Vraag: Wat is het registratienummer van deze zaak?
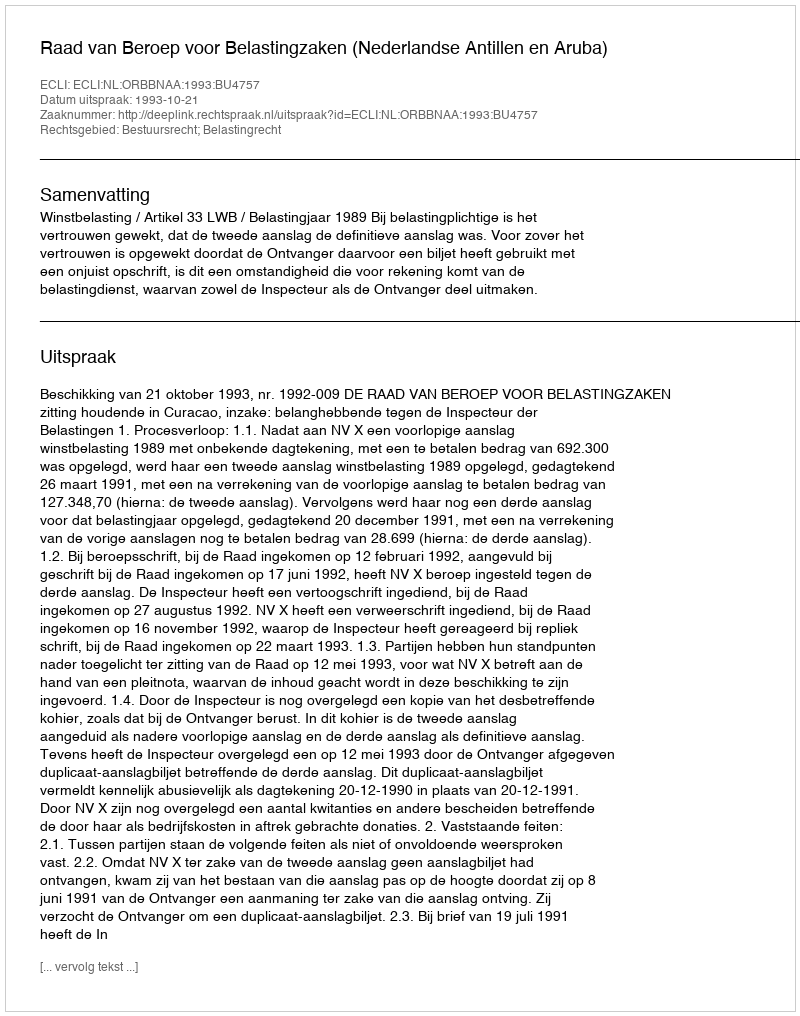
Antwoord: http://deeplink.rechtspraak.nl/uitspraak?id=ECLI:NL:ORBBNAA:1993:BU4757